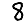
Digit: 8